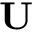
\mathbf { U }